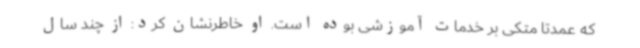
که عمدتا متکی بر خدمات آموزشی بوده است. او خاطرنشان کرد: از چند سال